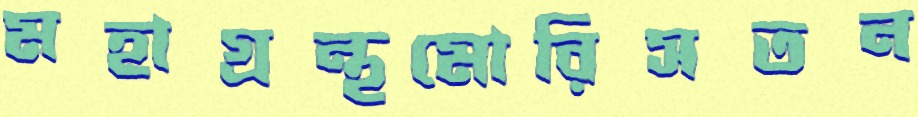
মহাগ্রন্থমোরিসতন